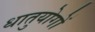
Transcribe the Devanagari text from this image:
धातुयोगों